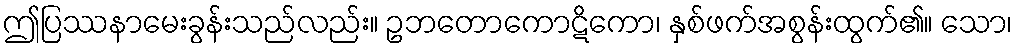
ဤပြဿနာမေးခွန်းသည်လည်း။ ဥဘတောကောဋိကော၊ နှစ်ဖက်အစွန်းထွက်၏။ သော၊